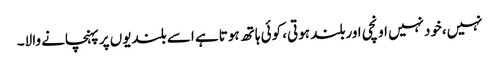
نہیں،خودنہیں اونچی اوربلند ہوتی، کوئی ہاتھ ہوتاہے اسے بلندیوں پرپہنچانے والا۔